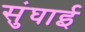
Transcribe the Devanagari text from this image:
सुंघाई